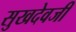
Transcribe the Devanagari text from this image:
सुखदेवजी